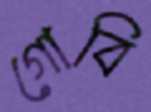
গোবি